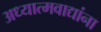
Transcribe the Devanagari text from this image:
अध्यात्मवाद्यांना